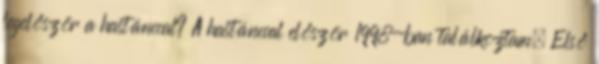
legelőször a hastánccal? A hastánccal először 1998-ban találkoztam. Első